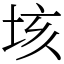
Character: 垓